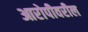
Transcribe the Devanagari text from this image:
आरोपीवरील